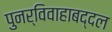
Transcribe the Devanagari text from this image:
पुनर्विवाहाबद्दल